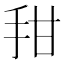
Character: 𰓍